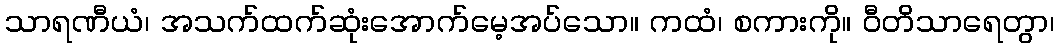
သာရဏီယံ၊ အသက်ထက်ဆုံးအောက်မေ့အပ်သော။ ကထံ၊ စကားကို။ ဝီတိသာရေတွာ၊